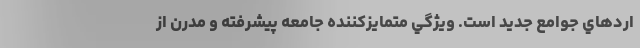
اردهاي جوامع جديد است. ويژگي متمايز‌كننده جامعه پيشرفته و مدرن از